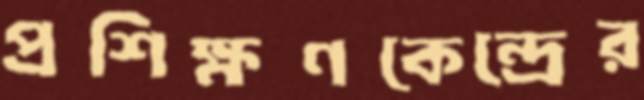
প্রশিক্ষণকেন্দ্রের